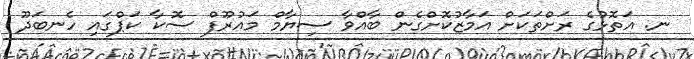
ނ. އަތޮޅުގެ ރަށްތަކަށް އަމާޒުކޮށްގެން ބާއްވާ ސިޔާމް މައުރޫފް ސޮކާ ކަޕްގައި ހެނބަދޫ